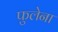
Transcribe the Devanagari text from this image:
फुलेना